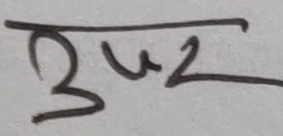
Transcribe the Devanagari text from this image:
उपर